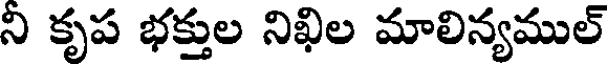
ని కృప భక్తుల నిఖిల మాలిన్యముల్